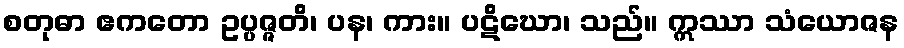
စတုဓာ ဧကတော ဥပ္ပဇ္ဇတိ၊ ပန၊ ကား။ ပဋိဃော၊ သည်။ ဣဿာ သံယောဇန